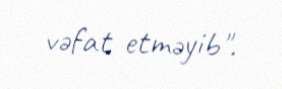
vəfat etməyib".